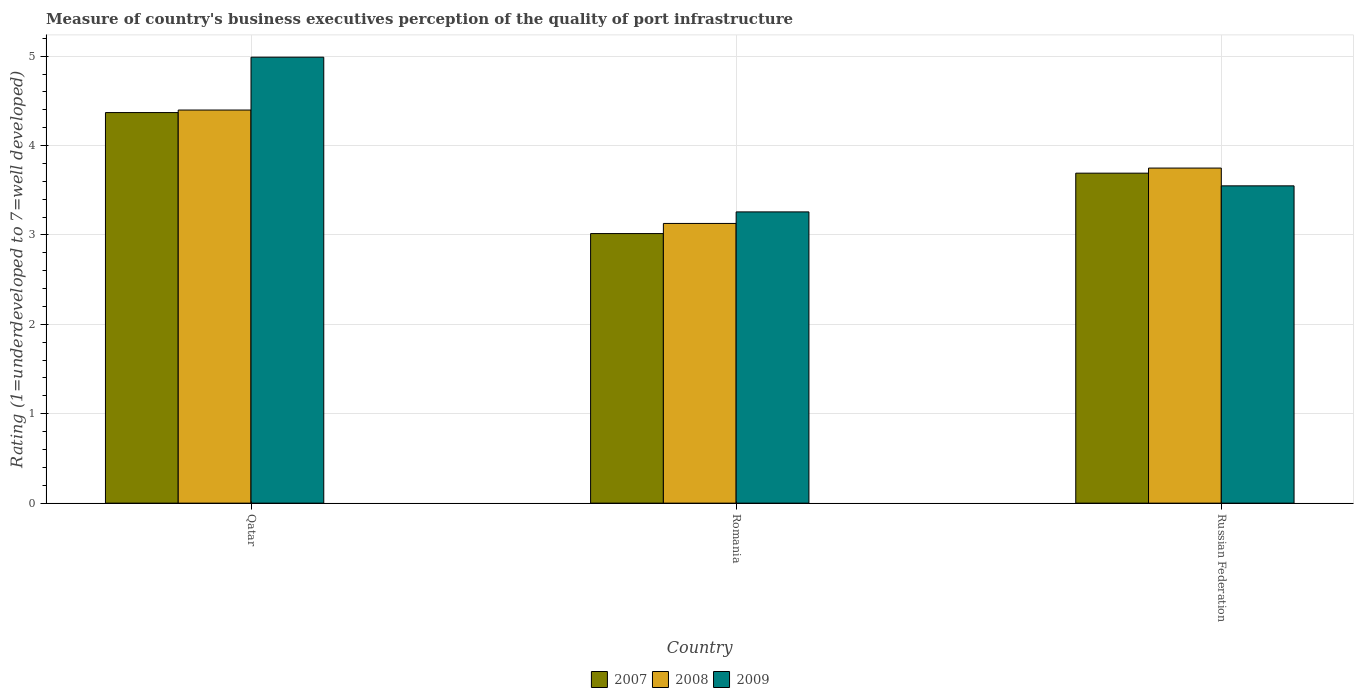
| Country | 2007 | 2008 | 2009 |
 | --- | --- | --- | --- |
 | Qatar | 4.37 | 4.4 | 4.99 |
 | Romania | 3.02 | 3.13 | 3.26 |
 | Russian Federation | 3.69 | 3.75 | 3.55 |